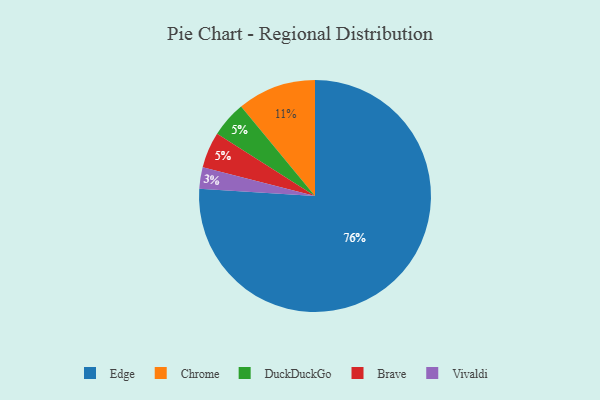
{"axis": {"x": "Category", "y": "Percentage"}, "legend": ["Brave", "Chrome", "DuckDuckGo", "Edge", "Vivaldi"], "data": [{"x": "Chrome", "y": 11, "type": "Chrome"}, {"x": "Edge", "y": 76, "type": "Edge"}, {"x": "DuckDuckGo", "y": 5, "type": "DuckDuckGo"}, {"x": "Vivaldi", "y": 3, "type": "Vivaldi"}, {"x": "Brave", "y": 5, "type": "Brave"}]}